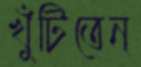
খুঁটিতেন